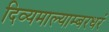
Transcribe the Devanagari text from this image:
दिव्यमाल्याम्बरधरं